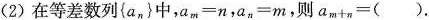
(2)在等差数列{a_{n}}中,$$a_{m}=n$$,$$a_{n}=m$$,则 $$a_{m+n}=( )$$.